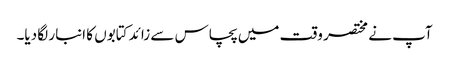
آپ نے مختصر وقت میں پچاس سے زائد کتابوں کا انبار لگا دیا۔